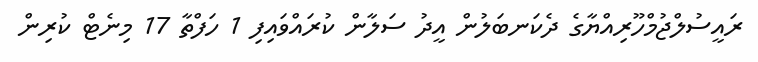
ރައީސުލްޖުމްހޫރިއްޔާގެ ދެކަނބަލުން އީދު ސަލާން ކުރައްވައިފި 1 ހަފްތާ 17 މިނެޓް ކުރިން